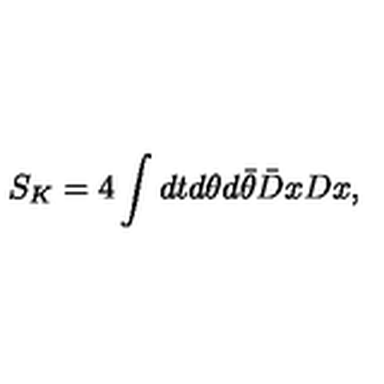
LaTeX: S _ { K } = 4 \int d t d \theta d \bar { \theta } \bar { D } x D x ,